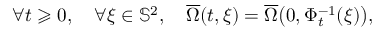
\forall t \geqslant 0 , \quad \forall \xi \in \mathbb { S } ^ { 2 } , \quad \overline { { \Omega } } ( t , \xi ) = \overline { { \Omega } } \big ( 0 , \Phi _ { t } ^ { - 1 } ( \xi ) \big ) ,